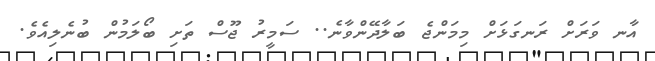
އާނ ވަރަށް ރަނގަޅަށް މިމަންޖެ ބަލާދޭންވާނެ.. ސަމީރު ޖޫސް ތަށި ބޯލަމުން ބުނެލިއެވެ.